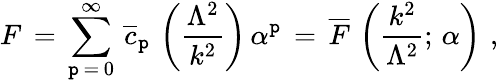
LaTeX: F\, =\, \sum_{\mathtt{p}\, =\, 0}^{\infty}\, \overline{{{{c}}}}_{\mathtt{p}}\, \left(\frac{{\Lambda^{2}}}{{k^{2}}}\right)\, \alpha^{\mathtt{p}}\, =\, \overline{{{{F}}}}\, \left(\frac{{k^{2}}}{{\Lambda^{2}}};\, \alpha\right)\, \, ,